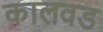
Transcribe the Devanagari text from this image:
कालवड